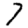
Digit: 7